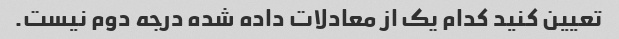
تعیین کنید کدام یک از معادلات داده شده درجه دوم نیست.